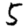
Digit: 5